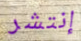
إنتشر